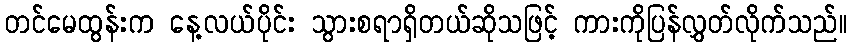
တင်မေထွန်းက နေ့လယ်ပိုင်း သွားစရာရှိတယ်ဆိုသဖြင့် ကားကိုပြန်လွှတ်လိုက်သည်။